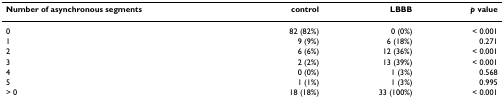
<table><thead><tr><td><b>Number of asynchronous segments</b></td><td><b>control</b></td><td><b>LBBB</b></td><td><b><i>p </i>value</b></td></tr></thead><tbody><tr><td>0</td><td>82 (82%)</td><td>0 (0%)</td><td>&lt; 0.001</td></tr><tr><td>1</td><td>9 (9%)</td><td>6 (18%)</td><td>0.271</td></tr><tr><td>2</td><td>6 (6%)</td><td>12 (36%)</td><td>&lt; 0.001</td></tr><tr><td>3</td><td>2 (2%)</td><td>13 (39%)</td><td>&lt; 0.001</td></tr><tr><td>4</td><td>0 (0%)</td><td>1 (3%)</td><td>0.568</td></tr><tr><td>5</td><td>1 (1%)</td><td>1 (3%)</td><td>0.995</td></tr><tr><td>&gt; 0</td><td>18 (18%)</td><td>33 (100%)</td><td>&lt; 0.001</td></tr></tbody></table>